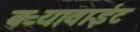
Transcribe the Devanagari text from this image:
बऱ्यावाईट